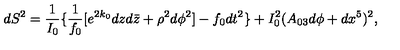
d S ^ { 2 } = { \frac { 1 } { I _ { 0 } } } \{ { \frac { 1 } { f _ { 0 } } } [ e ^ { 2 k _ { 0 } } d z d { \bar { z } } + \rho ^ { 2 } d \phi ^ { 2 } ] - f _ { 0 } d t ^ { 2 } \} + I _ { 0 } ^ { 2 } ( A _ { 0 3 } d \phi + d x ^ { 5 } ) ^ { 2 } ,